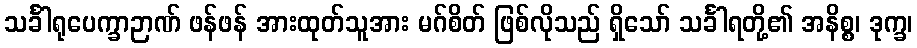
သင်္ခါရုပေက္ခာဉာဏ် ဖန်ဖန် အားထုတ်သူအား မဂ်စိတ် ဖြစ်လိုသည် ရှိသော် သင်္ခါရတို့၏ အနိစ္စ၊ ဒုက္ခ၊